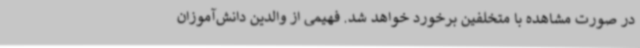
در صورت مشاهده با متخلفین برخورد خواهد شد. فهیمی از والدین دانش‌آموزان